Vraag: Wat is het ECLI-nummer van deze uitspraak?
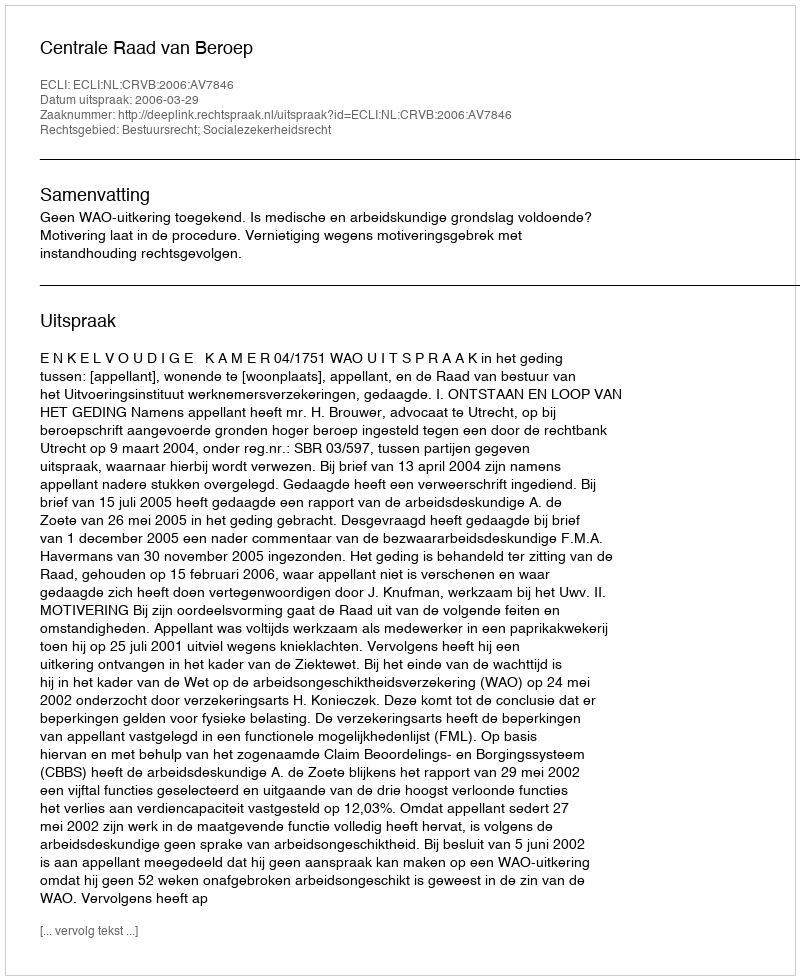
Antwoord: ECLI:NL:CRVB:2006:AV7846